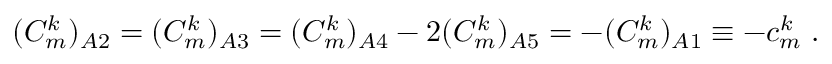
( { \cal C } _ { m } ^ { k } ) _ { A 2 } = ( { \cal C } _ { m } ^ { k } ) _ { A 3 } = ( { \cal C } _ { m } ^ { k } ) _ { A 4 } - 2 ( { \cal C } _ { m } ^ { k } ) _ { A 5 } = - ( { \cal C } _ { m } ^ { k } ) _ { A 1 } \equiv - c _ { m } ^ { k } \; .